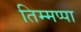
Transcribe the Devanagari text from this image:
तिम्मप्पा